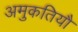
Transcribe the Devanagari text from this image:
अमुकतियौ